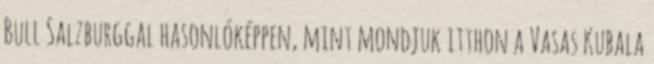
Bull Salzburggal hasonlóképpen, mint mondjuk itthon a Vasas Kubala